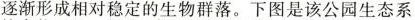
逐渐形成相对稳定的生物群落。下图是该公园生态系